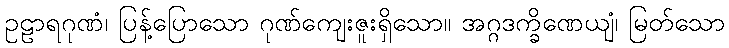
ဥဠာရဂုဏံ၊ ပြန့်ပြောသော ဂုဏ်ကျေးဇူးရှိသော။ အဂ္ဂဒက္ခိဏေယျံ၊ မြတ်သော